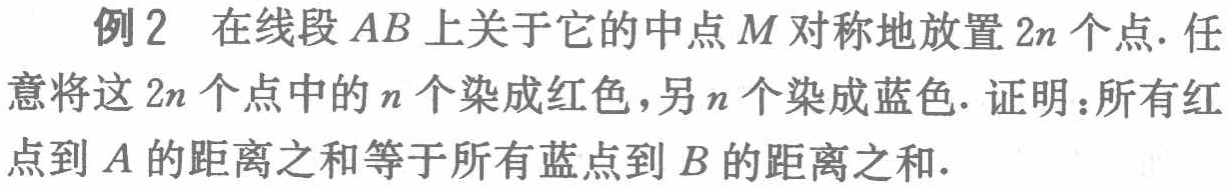
例2 在线段 \(AB\) 上关于它的中点 \(M\) 对称地放置 \(2n\) 个点. 任意将这 \(2n\) 个点中的 \(n\) 个染成红色，另 \(n\) 个染成蓝色. 证明：所有红点到 \(A\) 的距离之和等于所有蓝点到 \(B\) 的距离之和.